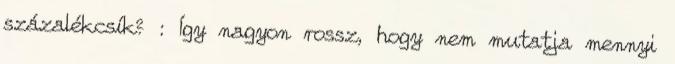
százalékcsík? : Így nagyon rossz, hogy nem mutatja mennyi